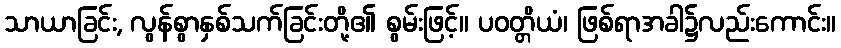
သာယာခြင်း, လွန်စွာနှစ်သက်ခြင်းတို့၏ စွမ်းဖြင့်။ ပဝတ္တိယံ၊ ဖြစ်ရာအခါ၌လည်းကောင်း။